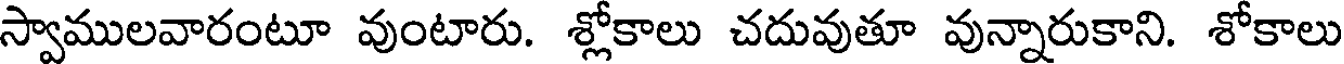
స్వాములవారంటూ వుంటారు. శ్లోకాలు చదువుతూ వున్నారుకాని. శోకాలు